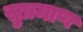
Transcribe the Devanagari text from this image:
सुप्रमाण